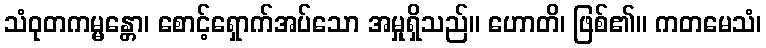
သံဝုတကမ္မန္တော၊ စောင့်ရှောက်အပ်သော အမှုရှိသည်။ ဟောတိ၊ ဖြစ်၏။ ကတမေသံ၊